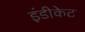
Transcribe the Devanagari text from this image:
इंडीकेट